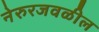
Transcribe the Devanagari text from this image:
नेरुरजवळील